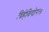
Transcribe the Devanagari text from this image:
बिहेवियोरल